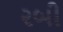
૨બી